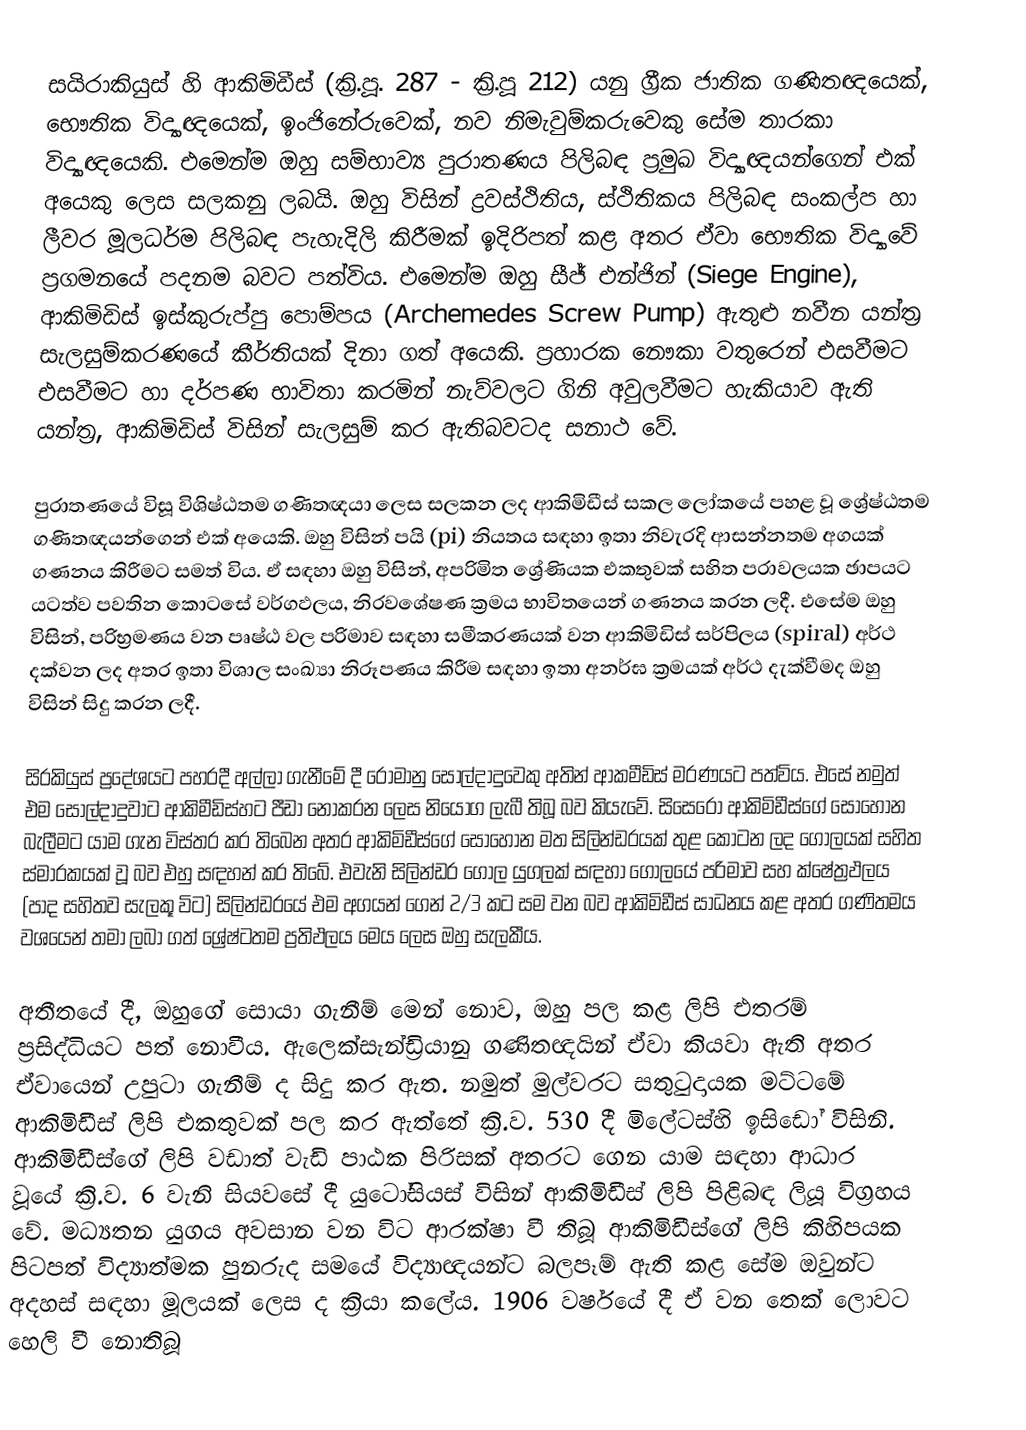
සයිරාකියුස් හි ආකිමිඩීස් (ක්‍රි.පූ. 287 - ක්‍රි.පූ 212) යනු ග්‍රීක ජාතික ගණිතඥයෙක්, භෞතික විද්‍යාඥයෙක්, ඉංජිනේරුවෙක්, නව නිමැවුම්කරුවෙකු සේම තාරකා විද්‍යාඥයෙකි. එමෙන්ම ඔහු සම්භාව්‍ය පුරාතණය පිලිබඳ ප්‍රමුඛ විද්‍යාඥයන්ගෙන් එක් අයෙකු ලෙස සලකනු ලබයි. ඔහු විසින් ද්‍රවස්ථිතිය, ස්ථිතිකය පිලිබඳ සංකල්ප හා ලීවර මූලධර්ම පිලිබඳ පැහැදිලි කිරීමක් ඉදිරිපත් කළ අතර ඒවා භෞතික විද්‍යාවේ ප්‍රගමනයේ පදනම බවට පත්විය. එමෙන්ම ඔහු සීජ් එන්ජින් (Siege Engine), ආකිමිඩිස් ඉස්කුරුප්පු පොම්පය (Archemedes Screw Pump) ඇතුළු නවීන යන්ත්‍ර සැලසුම්කරණයේ කීර්තියක් දිනා ගත් අයෙකි. ප්‍රහාරක නෞකා වතුරෙන් එසවීමට එසවීමට හා දර්පණ භාවිතා කරමින් නැව්වලට ගිනි අවුලවීමට හැකියාව ඇති යන්ත්‍ර, ආකිමිඩිස් විසින් සැලසුම් කර ඇතිබවටද සනාථ වේ.

පුරාතණයේ විසූ විශිෂ්ඨතම ගණිතඥයා ලෙස සලකන ලද ආකිමිඩීස් සකල ලෝකයේ පහළ වූ ශ්‍රේෂ්ඨතම ගණිතඥයන්ගෙන් එක් අයෙකි. ඔහු විසින් පයි (pi) නියතය සඳහා ඉතා නිවැරදි ආසන්නතම අගයක් ගණනය කිරීමට සමත් විය. ඒ සඳහා ඔහු විසින්, අපරිමිත ශ්‍රේණියක එකතුවක් සහිත පරාවලයක ඡාපයට යටත්ව පවතින කොටසේ වර්ගඵලය, නිරවශේෂණ ක්‍රමය භාවිතයෙන් ගණනය කරන ලදී. එසේම ඔහු විසින්, පරිභ්‍රමණය වන පෘෂ්ඨ වල පරිමාව සඳහා සමීකරණයක් වන ආකිමිඩිස් සර්පිලය (spiral) අර්ථ දක්වන ලද අතර ඉතා විශාල සංඛ්‍යා නිරූපණය කිරීම සඳහා ඉතා අනර්ඝ ක්‍රමයක් අර්ථ දැක්වීමද ඔහු විසින් සිදු කරන ලදී.

සිරකියුස් ප්‍රදේශයට පහරදී අල්ලා ගැනීමේ දී රෝමානු සොල්දාදුවෙකු අතින් ආකමීඩිස් මරණයට පත්විය. එසේ නමුත් එම සොල්දාදුවාට ආකිමීඩිස්හට පීඩා නොකරන ලෙස නියෝග ලැබී තිබූ බව කියැවේ. සිසෙරෝ ආකිමිඩීස්ගේ සොහොන බැලීමට යාම ගැන විස්තර කර තිබෙන අතර ආකිමිඩීස්ගේ සොහොන මත සිලින්ඩරයක් තුළ කොටන ලද ගෝලයක් සහිත ස්මාරකයක් වූ බව එහු සඳහන් කර තිබේ. එවැනි සිලින්ඩර ගෝල යුගලක් සඳහා ගෝලයේ පරිමාව සහ ක්ෂේත්‍රඵලය (පාද සහිතව සැලකූ විට) සිලින්ඩරයේ එම අගයන් ගෙන් 2/3 කට සම වන බව ආකිමිඩීස් සාධනය කළ අතර ගණිතමය වශයෙන් තමා ලබා ගත් ශ්‍රේෂ්ටතම ප්‍රතිඵලය මෙය ලෙස ඔහු සැලකීය.

අතීතයේ දී, ඔහුගේ සොයා ගැනීම් මෙන් නොව, ඔහු පල කළ ලිපි එතරම් ප්‍රසිද්ධියට පත් නොවීය. ඇලෙක්සැන්ඩ්‍රියානු ගණිතඥයින් ඒවා කියවා ඇති අතර ඒවායෙන් උපුට‍ා ගැනීම් ද සිදු කර ඇත. නමුත් මුල්වරට සතුටුදායක මට්ටමේ ආකිමිඩීස් ලිපි එකතුවක් පල කර ඇත්තේ ක්‍රි.ව. 530 දී මිලේටස්හි ඉසිඩෝ විසිනි. ආකිමිඩීස්ගේ ලිපි වඩාත් වැඩි පාඨක පිරිසක් අතරට ගෙන යාම සඳහා ආධාර වූයේ ක්‍රි.ව. 6 වැනි සියවසේ දී යුටෝසියස් විසින් ආකිමිඩීස් ලිපි පිළිබඳ ලියූ විග්‍රහය වේ. මධ්‍යතන යුගය අවසාන වන විට ආරක්ෂා වී තිබූ ආකිමිඩීස්ගේ ලිපි කිහිපයක පිටපත් විද්‍යාත්මක පුනරුද සමයේ විද්‍යාඥයන්ට බලපෑම් ඇති කළ සේම ඔවුන්ට අදහස් සඳහා මූලයක් ලෙස ද ක්‍රියා කලේය. 1906 වර්ෂයේ දී ඒ වන තෙක්‍ ලොවට හෙලි වී නොතිබූ